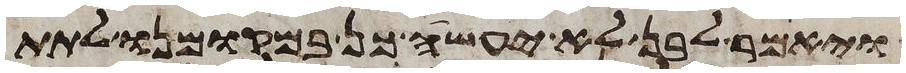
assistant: ויאמר לבן לא יעשה כן במקומינו לתת